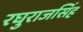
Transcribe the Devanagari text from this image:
रघुराजसिंह